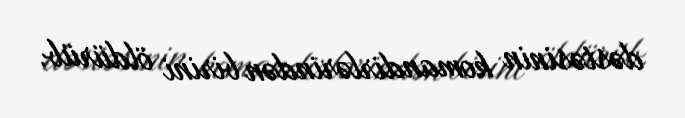
dəstəsinin komandirlərindən birini öldürüb.